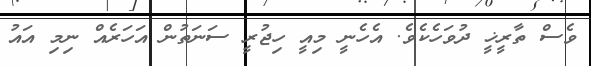
ވެސް ތާރީޚީ ދުވަހެކެވެ. އެހެނީ މިއީ ހިޖުރީ ސަނަތުން އަހަރެއް ނިމި އައު